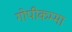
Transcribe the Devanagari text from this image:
गोपीकम्मा